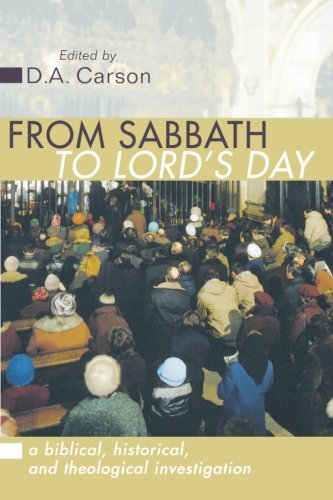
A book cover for From Sabbath to Lord's Day: A Biblical, Historical and Theological Investigation; D. A. Carson; Religion & Spirituality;